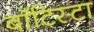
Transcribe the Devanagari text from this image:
बाॅटिस्टा